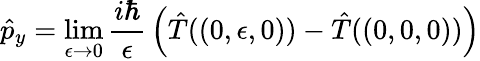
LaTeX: {\hat{p}}_{y}=\operatorname*{lim}_{\epsilon\rightarrow 0}{\frac{i\hbar}{\epsilon}}\left({\hat{T}}((0,\epsilon,0))-{\hat{T}}((0,0,0))\right)